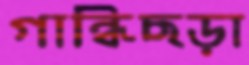
গান্ধিছড়া